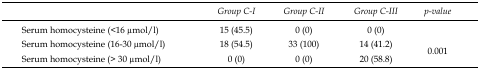
<table><thead><tr><td></td><td><b><i>Group C-I</i></b></td><td><b><i>Group C-II</i></b></td><td><b><i>Group C-III</i></b></td><td><b><i>p-value</i></b></td></tr></thead><tbody><tr><td>Serum homocysteine (&lt;16 μmol/l)</td><td>15 (45.5)</td><td>0 (0)</td><td>0 (0)</td><td rowspan="3">0.001</td></tr><tr><td>Serum homocysteine (16-30 μmol/l)</td><td>18 (54.5)</td><td>33 (100)</td><td>14 (41.2)</td></tr><tr><td>Serum homocysteine (&gt; 30 μmol/l)</td><td>0 (0)</td><td>0 (0)</td><td>20 (58.8)</td></tr></tbody></table>